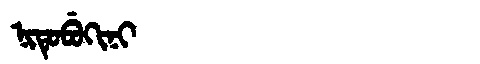
Manchu: ᠨᡳᡨᡠᠪᡠᡴᡳᠨᡳ
Romanization: NITUBUKINI